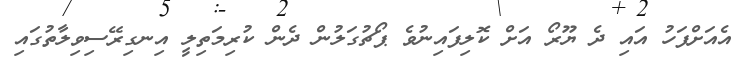
އެއަށްފަހު އައި ދެ ޔޫރޯ އަށް ކޮލިފައިނުވެ ޕޯޗުގަލުން ދެން ކުރިމަތިލީ އިނގިރޭސިވިލާތުގައި